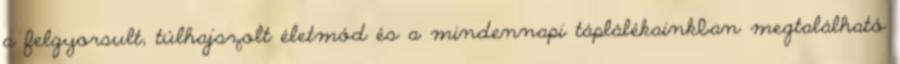
a felgyorsult, túlhajszolt életmód és a mindennapi táplálékainkban megtalálható